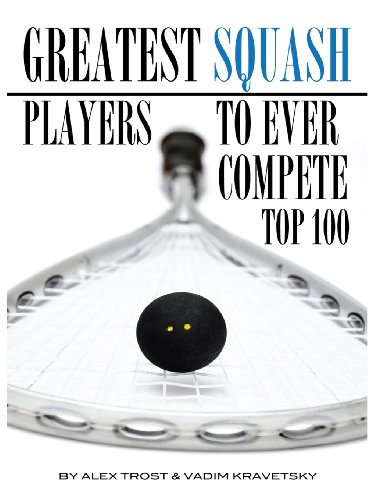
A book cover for Greatest Squash Players to Ever Compete Top 100; Alex Trost; Sports & Outdoors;